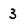
Character: 3